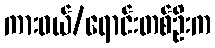
ကားဝယ်/ရောင်းတစ်ဦးက